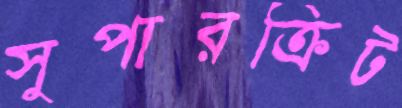
সুপারক্রিট